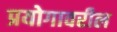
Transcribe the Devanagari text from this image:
प्रयोगावरील